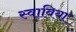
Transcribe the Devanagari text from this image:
स्वाविया